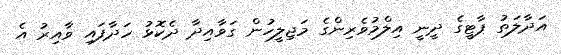
އަދާލަތު ޕާޓީގެ ދީނީ އިލްމުވެރިންގެ މަޖިލީހުން ގަވާއިދާ ދެކޮޅު ހަދާފައި ވާއިރު އެ